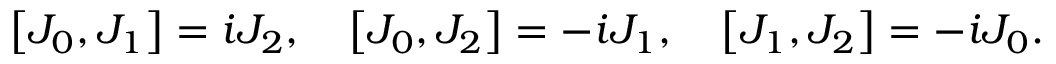
\left[ J _ { 0 } , J _ { 1 } \right] = i J _ { 2 } , \quad \left[ J _ { 0 } , J _ { 2 } \right] = - i J _ { 1 } , \quad \left[ J _ { 1 } , J _ { 2 } \right] = - i J _ { 0 } .